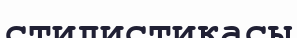
стилистикасы